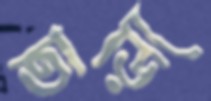
তাড়ি